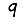
Digit: 9